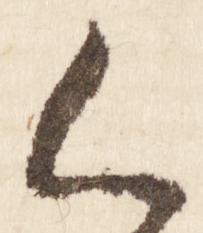
人